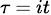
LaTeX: \scriptstyle\tau\ =\ it